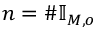
n = \# \mathbb { I } _ { M , o }